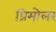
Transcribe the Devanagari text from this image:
प्रिमोलर